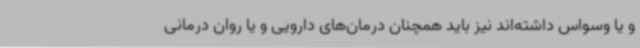
و یا وسواس داشته‌اند نیز باید همچنان درمان‌های دارویی و یا روان درمانی